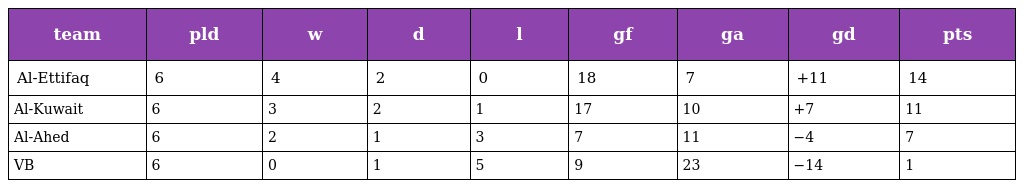
| team | pld | w | d | l | gf | ga | gd | pts |
 | --- | --- | --- | --- | --- | --- | --- | --- | --- |
 | Al-Ettifaq | 6 | 4 | 2 | 0 | 18 | 7 | +11 | 14 |
 | Al-Kuwait | 6 | 3 | 2 | 1 | 17 | 10 | +7 | 11 |
 | Al-Ahed | 6 | 2 | 1 | 3 | 7 | 11 | −4 | 7 |
 | VB | 6 | 0 | 1 | 5 | 9 | 23 | −14 | 1 |